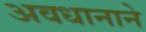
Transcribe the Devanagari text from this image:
अवधानाने